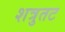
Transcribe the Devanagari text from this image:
शत्रुतट